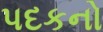
પદકનો